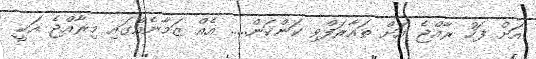
އަށް ފަހު ރާއްޖެ އަށް ތައާރަފްވި ކަންކަން..... އެއް ޒަމާނެއްގައި މިރާއްޖެ އަކީ